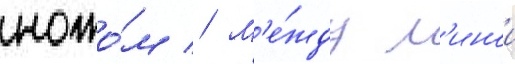
ножо́м // М'е́жду л'инои